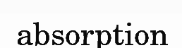
absorption